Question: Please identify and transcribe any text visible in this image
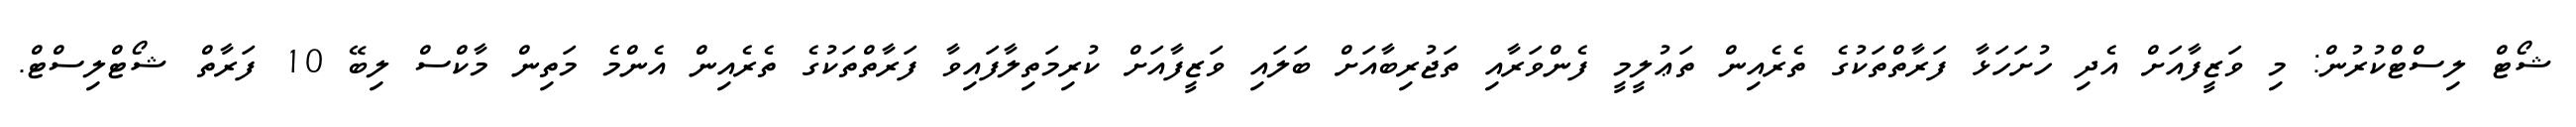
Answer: ޝޯޓް ލިސްޓްކުރުން: މި ވަޒީފާއަށް އެދި ހުށަހަޅާ ފަރާތްތަކުގެ ތެރެއިން ތަޢުލީމީ ފެންވަރާއި ތަޖުރިބާއަށް ބަލައި ވަޒީފާއަށް ކުރިމަތިލާފައިވާ ފަރާތްތަކުގެ ތެރެއިން އެންމެ މަތިން މާކްސް ލިބޭ 10 ފަރާތް ޝޯޓްލިސްޓް.